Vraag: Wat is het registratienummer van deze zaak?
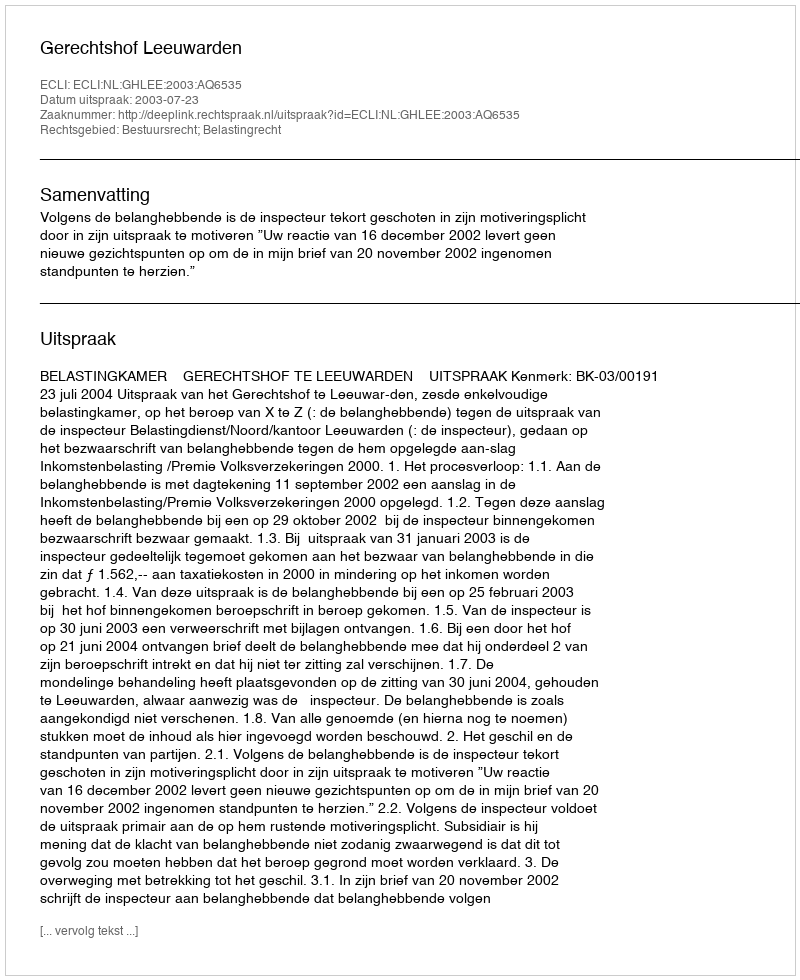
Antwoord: http://deeplink.rechtspraak.nl/uitspraak?id=ECLI:NL:GHLEE:2003:AQ6535